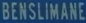
BENSILIMANE